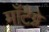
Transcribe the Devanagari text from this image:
माँटैग्ने